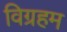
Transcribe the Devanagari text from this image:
विग्रहम